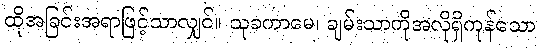
ထိုအခြင်းအရာဖြင့်သာလျှင်။ သုခကာမေ၊ ချမ်းသာကိုအလိုရှိကုန်သော